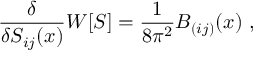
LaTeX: \frac { \delta } { \delta S _ { i j } ( x ) } { W } [ S ] = \frac { 1 } { 8 \pi ^ { 2 } } B _ { ( i j ) } ( x ) ~ ,